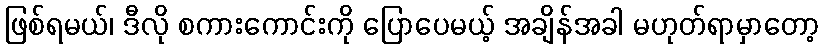
ဖြစ်ရမယ်၊ ဒီလို စကားကောင်းကို ပြောပေမယ့် အချိန်အခါ မဟုတ်ရာမှာတော့